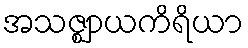
အသဇ္ဈာယကိရိယာ